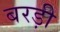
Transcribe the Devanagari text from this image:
बरड़ी